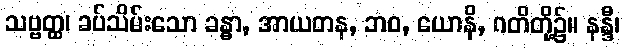
သဗ္ဗတ္ထ၊ ခပ်သိမ်းသော ခန္ဓာ, အာယတန, ဘဝ, ယောနိ, ဂတိတို့၌။ နန္ဒီ၊